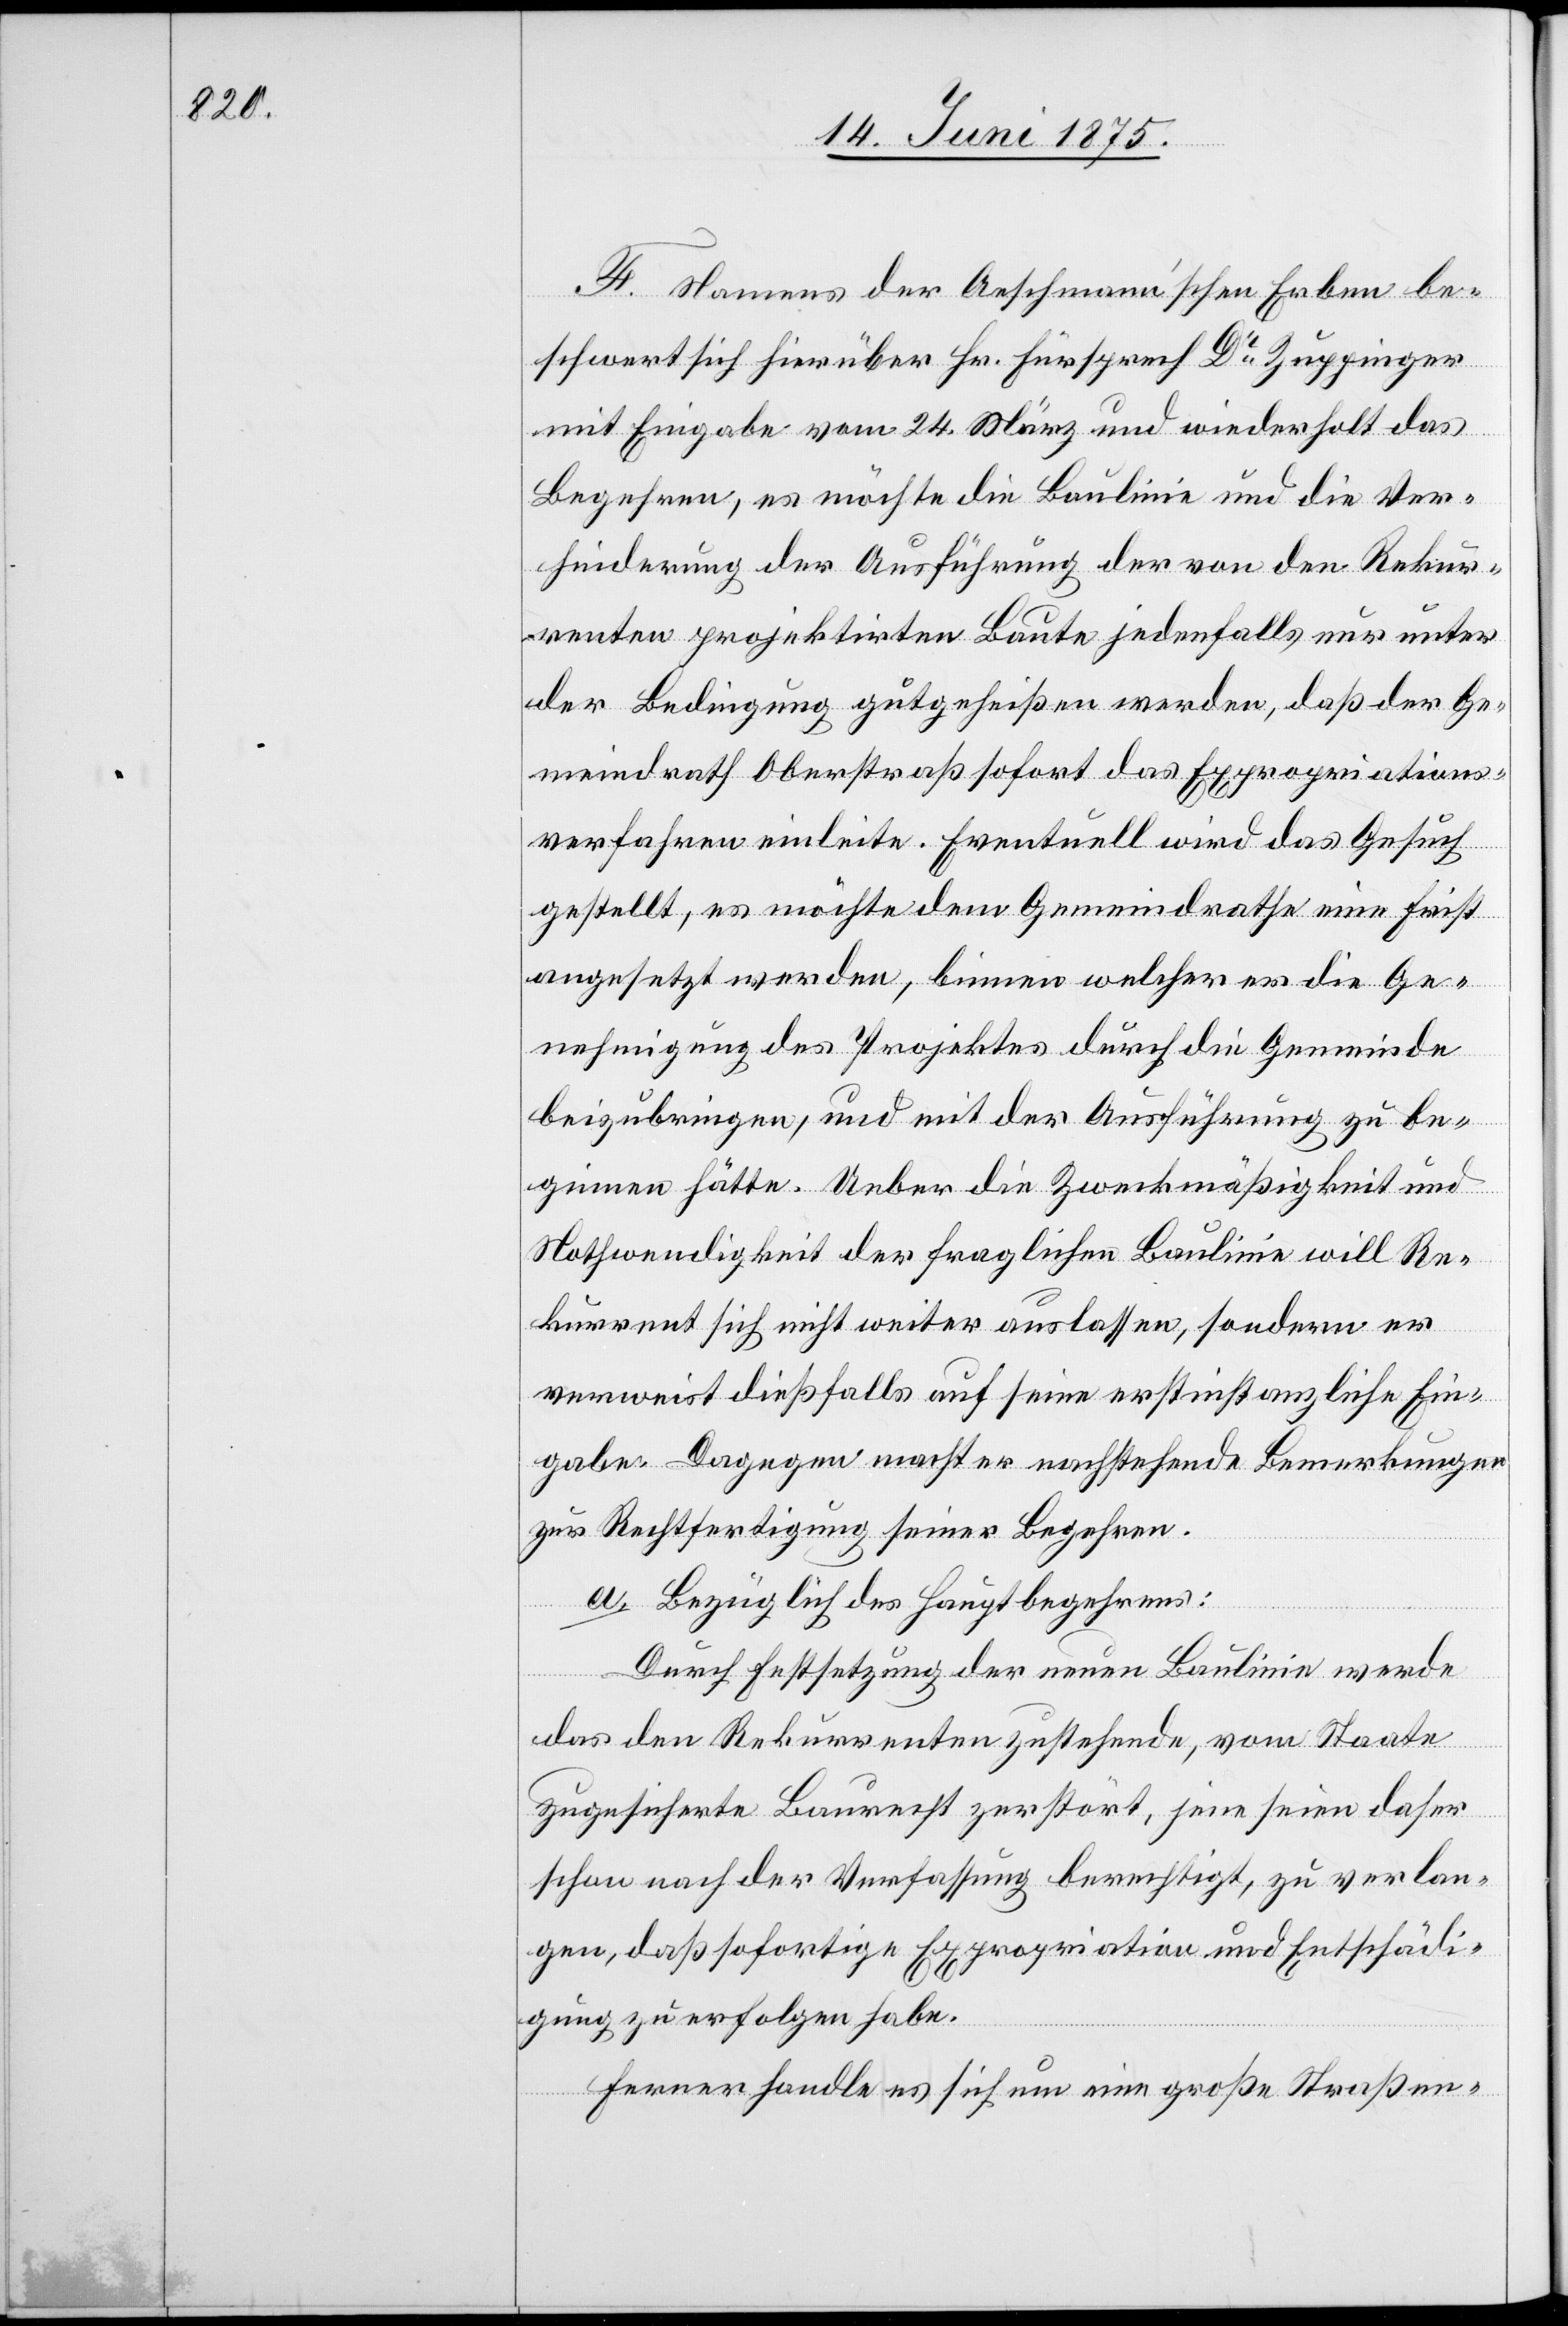
F. Namens der Aeschmann’schen Erben be¬
schwert sich hierüber Hr. Fürsprech Dr Zuppinger
mit Eingabe vom 24. März und wiederholt das
Begehren, es möchte die Baulinie und die Ver¬
hinderung der Ausführung der von den Rekur¬
renten projektirten Baute jedenfalls nur unter
der Bedingung gutgeheißen werden, daß der Ge¬
meindrath Oberstraß sofort das Expropriations¬
verfahren einleite. Eventuell wird das Gesuch
gestellt, es möchte dem Gemeindrathe eine Frist
angesetzt werden, binnen welcher er die Ge¬
nehmigung des Projektes durch die Gemeinde
beizubringen, und mit der Ausführung zu be¬
ginnen hätte. Ueber die Zweckmäßigkeit und
Nothwendigkeit der fraglichen Baulinie will Re¬
kurrent sich nicht weiter auslassen, sondern er
verweist dießfalls auf seine erstinstanzliche Ein¬
gabe. Dagegen macht er nachstehende Bemerkungen
zur Rechtfertigung seiner Begehren.
a. Bezüglich des Hauptbegehrens:
Durch Festsetzung der neuen Baulinie werde
das den Rekurrenten zustehende, vom Staate
zugesicherte Baurecht zerstört, jene seien daher
schon nach der Verfassung berechtigt, zu verlan¬
gen, daß sofortige Expropriation und Entschädi¬
gung zu erfolgen habe.
Ferner handle es sich um eine große Straßen-